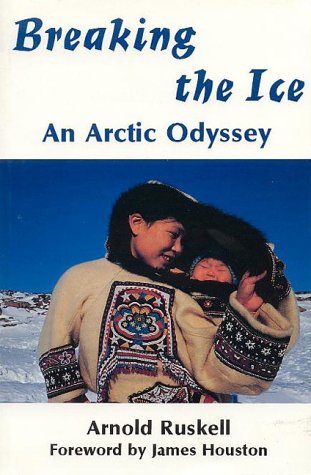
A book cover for Breaking the Ice: An Arctic Odyssey; Arnold Ruskell; Travel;